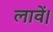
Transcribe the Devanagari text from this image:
लावें।